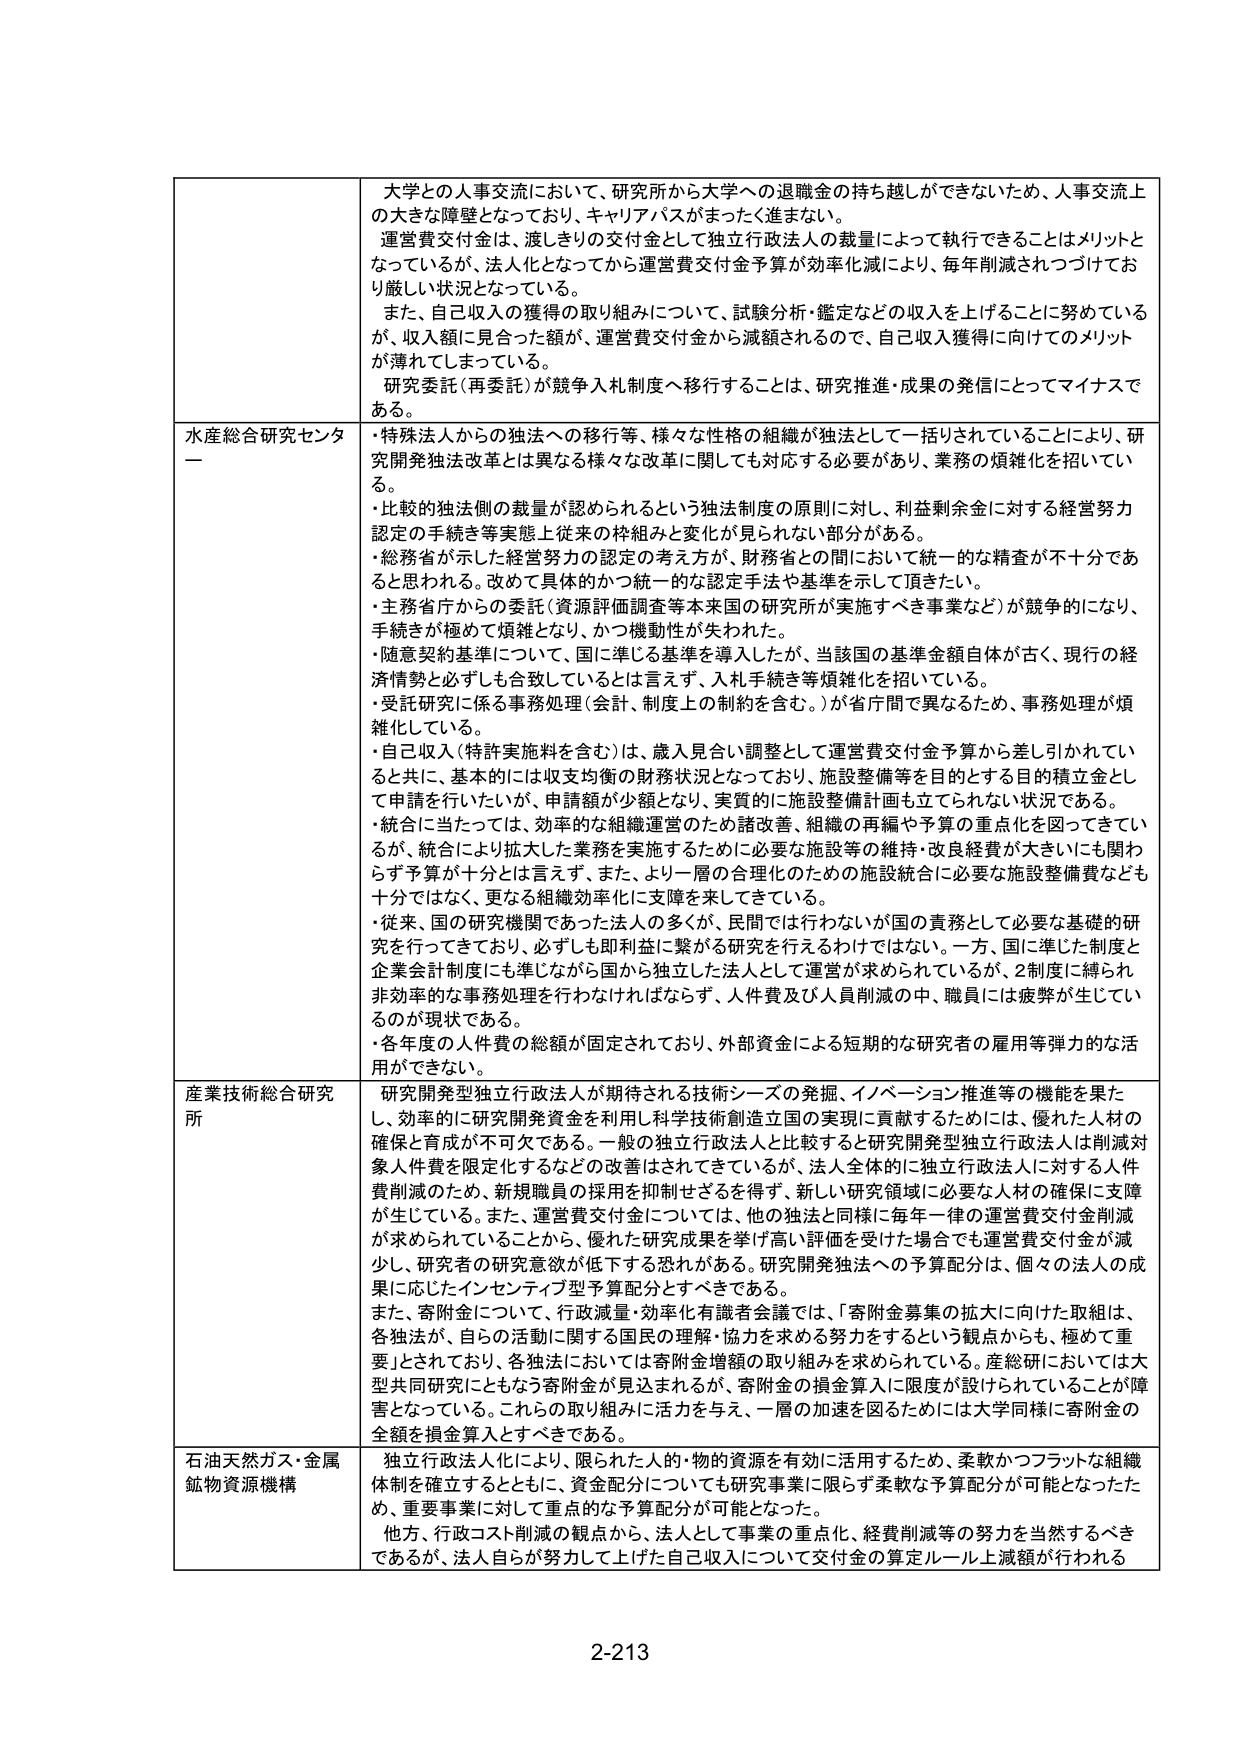
大学との人事交流において、研究所から大学への退職金の持ち越しができないため、人事交流上の大きな障壁となっており、キャリアパスがまったく進まない。
運営費交付金は、渡しきりの交付金として独立行政法人の裁量によって執行できることはメリットとなっているが、法人化となってから運営費交付金予算が効率化減により、毎年削減されつづけており厳しい状況となっている。
また、自己収入の獲得の取り組みについて、試験分析・鑑定などの収入を上げることに努めているが、収入額に見合った額が、運営費交付金から減額されるので、自己収入獲得に向けてのメリットが薄れてしまっている。
研究委託（再委託）が競争入札制度へ移行することは、研究推進・成果の発信にとってマイナスである。

水産総合研究センター
・特殊法人からの独法への移行等、様々な性格の組織が独法として一括りされていることにより、研究開発独法改革とは異なる様々な改革に関しても対応する必要があり、業務の煩雑化を招いている。
・比較的独法側の裁量が認められるという独法制度の原則に対し、利益剰余金に対する経営努力認定の手続き等実態上従来の枠組みと変化が見られない部分がある。
・総務省が示した経営努力の認定の考え方が、財務省との間において統一的な精査が不十分であると思われる。改めて具体的かつ統一的な認定手法や基準を示して頂きたい。
・主務省庁からの委託（資源評価調査等本来国の研究所が実施すべき事業など）が競争的になり、手続きが極めて煩雑となり、かつ機動性が失われた。
・随意契約基準について、国に準じる基準を導入したが、当該国の基準金額自体が古く、現行の経済情勢と必ずしも合致しているとは言えず、入手手続き等煩雑化を招いている。
・受託研究に係る事務処理（会計、制度上の制約を含む。）が省庁間で異なるため、事務処理が煩雑化している。
・自己収入（特許実施料を含む）は、歳入見合い調整として運営費交付金予算から差し引かれていると共に、基本的には収支均衡の財務状況となっており、施設整備等を目的とする目的積立金として申請を行いたいが、申請額が少額となり、実質的に施設整備計画も立てられない状況である。
・統合に当たっては、効率的な組織運営のため諸改善、組織の再編や予算の重点化を図ってきているが、統合により拡大した業務を実施するために必要な施設等の維持・改良経費が大きいにも関わらず予算が十分とは言えず、また、より一層の合理化のための施設統合に必要な施設整備費なども十分ではなく、更なる組織効率化に支障を来してきている。
・従来、国の研究機関であった法人の多くが、民間では行わないが国の責務として必要な基礎的研究を行ってきており、必ずしも即利益に繋がる研究を行えるわけではない。一方、国に準じた制度と企業会計制度にも準じながら国から独立した法人として運営が求められているが、2制度に縛られ非効率的な事務処理を行わなければならず、人件費及び人員削減の中、職員には疲弊が生じているのが現状である。
・各年度の人件費の総額が固定されており、外部資金による短期的な研究者の雇用等弾力的な活用ができない。

産業技術総合研究所
研究開発型独立行政法人が期待される技術シーズの発掘、イノベーション推進等の機能を果たし、効率的に研究開発資金を利用し科学技術創造立国の実現に貢献するためには、優れた人材の確保と育成が不可欠である。一般の独立行政法人と比較すると研究開発型独立行政法人は削減対象人件費を限定化するなどの改善はされてきているが、法人全体的に独立行政法人に対する人件費削減のため、新規職員の採用を抑制せざるを得ず、新しい研究領域に必要な人材の確保に支障が生じている。また、運営費交付金については、他の独法と同様に毎年一律の運営費交付金削減が求められていることから、優れた研究成果を挙げ高い評価を受けた場合でも運営費交付金が減少し、研究者の研究意欲が低下する恐れがある。研究開発独法への予算配分は、個々の法人の成果に応じたインセンティブ型予算配分とすべきである。
また、寄附金について、行政減量・効率化有識者会議では、「寄附金募集の拡大に向けた取組は、各独法が、自らの活動に関する国民の理解・協力を求める努力をするという観点からも、極めて重要」とされており、各独法においては寄附金増額の取り組みを求められている。産総研においては大型共同研究にともなう寄附金が見込まれるが、寄附金の損金算入に限度が設けられていることが障害となっている。これらの取り組みに活力を与え、一層の加速を図るためには大学同様に寄附金の全額を損金算入とすべきである。

石油天然ガス・金属鉱物資源機構
独立行政法人化により、限られた人的・物的資源を有効に活用するため、柔軟かつフラットな組織体制を確立するとともに、資金配分についても研究事業に限らず柔軟な予算配分が可能となったため、重要事業に対して重点的な予算配分が可能となった。
他方、行政コスト削減の観点から、法人として事業の重点化、経費削減等の努力を当然するべきであるが、法人自らが努力して上げた自己収入について交付金の算定ルール上減額が行われる

2-213